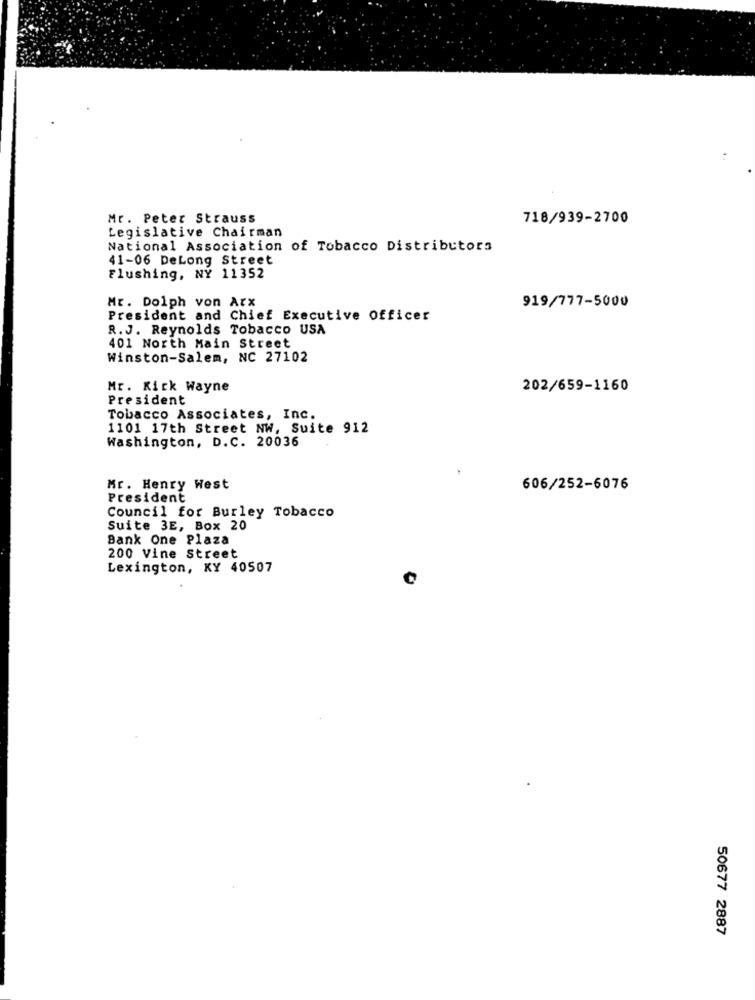
Mr. Peter Strauss
718/939-2700
Legislative Chairman
National Association of Tobacco Distributors
41-06 DeLong Street
Flushing, NY 11352
Mr. Dolph von Arx
919/777-5000
President and Chief Executive Officer
R.J. Reynolds Tobacco USA
401 North Main Street
Winston-Salem, NC 27102
Mr. Kick Wayne
202/659-1160
President
Tobacco Associates, Inc.
1101 17th Street NW, Suite 912
Washington, D.C. 20036
Mr. Henry West
606/252-6076
President
Council for Burley Tobacco
Suite 3E, Box 20
Bank One Plaza
200 Vine Street
Lexington, KY 40507
50677 2887